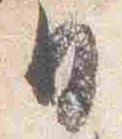
日